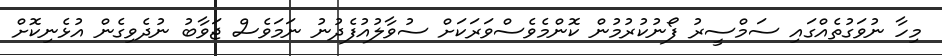
މިހާ ނުވަގުތެއްގައި ސަމްސީރު ފޯނުކުރުމުން ކޮންމެވެސްވަރަކަށް ސުވާލުއުފެދުނު ނަމަވެސް ޖަވާބު ނުދެވިގެން އުޅެނިކޮށް